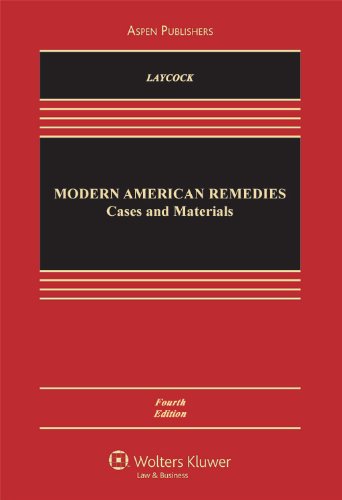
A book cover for Modern American Remedies: Cases & Materials; Douglas Laycock; Law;